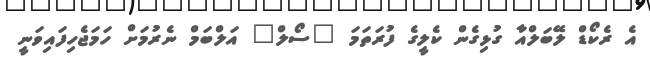
އެ ރެކޯޑް ލޭބަލްއާ ގުޅިގެން ކެލީގެ ފުރަތަމަ "ސޯލް" އަލްބަމް ނެރުމަށް ހަމަޖެހިފައިވަނީ